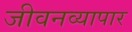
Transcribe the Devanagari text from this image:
जीवनव्यापार